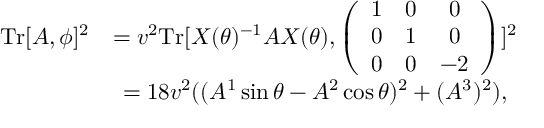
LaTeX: \begin{array} { c c } { { \mathrm { T r } [ A , \phi ] ^ { 2 } } } & { { = v ^ { 2 } \mathrm { T r } [ X ( \theta ) ^ { - 1 } A X ( \theta ) , \left( \begin{array} { c c c } { { 1 } } & { { 0 } } & { { 0 } } \\ { { 0 } } & { { 1 } } & { { 0 } } \\ { { 0 } } & { { 0 } } & { { - 2 } } \end{array} \right) ] ^ { 2 } } } \\ { { } } & { { = 1 8 v ^ { 2 } ( ( A ^ { 1 } \sin \theta - A ^ { 2 } \cos \theta ) ^ { 2 } + ( A ^ { 3 } ) ^ { 2 } ) , } } \end{array}